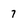
Character: 7